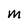
Character: m